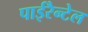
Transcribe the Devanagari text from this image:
पाईरैन्टेल